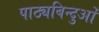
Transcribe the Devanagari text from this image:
पाठ्यबिन्दुओं